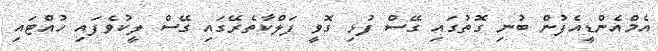
އެމްއެންޑީއެފުން ބުނި ގޮތުގައި ގޭސް ފުޅި ގޮވީ ފަލްކާތެރޭގައި ގޭސް ލީކުވެފައި ހުއްޓައި